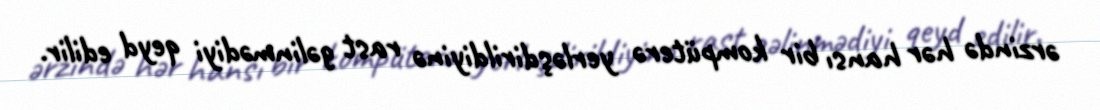
ərzində hər hansı bir kompüterə yerləşdirildiyinə rast gəlinmədiyi qeyd edilir.